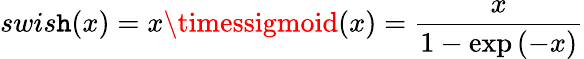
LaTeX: swis\mathtt{h}(x)=x\timessigmoid(x)=\frac{{x}}{{1-\exp{(-x)}}}